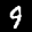
Label: 9